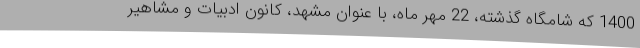
1400 که شامگاه گذشته، 22 مهر ماه، با عنوان مشهد، کانون ادبیات و مشاهیر